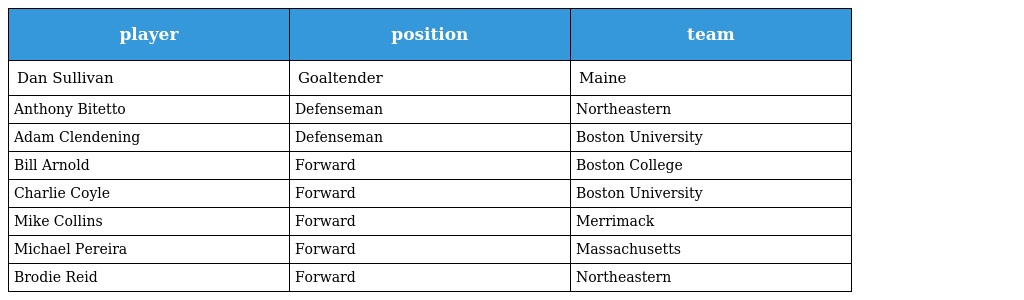
| player | position | team |
 | --- | --- | --- |
 | Dan Sullivan | Goaltender | Maine |
 | Anthony Bitetto | Defenseman | Northeastern |
 | Adam Clendening | Defenseman | Boston University |
 | Bill Arnold | Forward | Boston College |
 | Charlie Coyle | Forward | Boston University |
 | Mike Collins | Forward | Merrimack |
 | Michael Pereira | Forward | Massachusetts |
 | Brodie Reid | Forward | Northeastern |